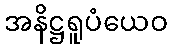
အနိဋ္ဌရူပံယေဝ